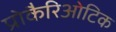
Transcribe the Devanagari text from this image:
प्रोकैरिओटिक